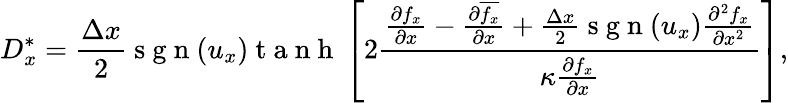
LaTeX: D_{x}^{\ast}=\frac{\Delta x}{2}\mathrm{~s~g~n~}(u_{x})\mathrm{~t~a~n~h~}\left[2\frac{\frac{\partial f_{x}}{\partial x}-\frac{\partial\overline{{f_{x}}}}{\partial x}+\frac{\Delta x}{2}\mathrm{~s~g~n~}(u_{x})\frac{\partial^{2}f_{x}}{\partial x^{2}}}{\kappa\frac{\partial{f_{x}}}{\partial x}}\right],